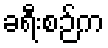
ခရီးစဉ်က